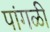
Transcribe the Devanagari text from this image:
पांगळी